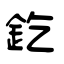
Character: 釳